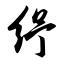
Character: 纾